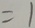
= 1